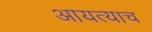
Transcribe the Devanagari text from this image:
आयत्याच